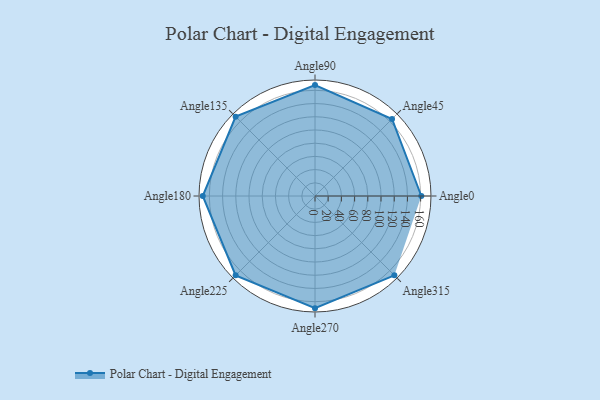
{"axis": {"x": "Angle", "y": "Radius"}, "legend": [""], "data": [{"x": "Angle0", "y": 161.0, "type": ""}, {"x": "Angle45", "y": 165.0, "type": ""}, {"x": "Angle90", "y": 168.0, "type": ""}, {"x": "Angle135", "y": 170, "type": ""}, {"x": "Angle180", "y": 170, "type": ""}, {"x": "Angle225", "y": 170, "type": ""}, {"x": "Angle270", "y": 170, "type": ""}, {"x": "Angle315", "y": 170, "type": ""}]}